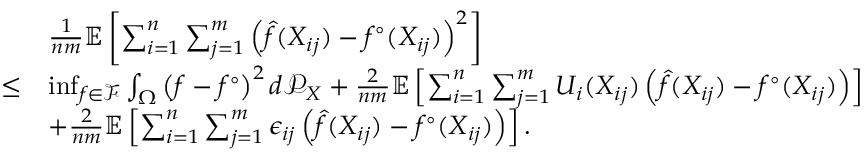
\begin{array} { r l } & { \frac { 1 } { n m } \mathbb { E } \left[ \sum _ { i = 1 } ^ { n } \sum _ { j = 1 } ^ { m } \left( \hat { f } ( X _ { i j } ) - f ^ { \circ } ( X _ { i j } ) \right) ^ { 2 } \right] } \\ { \leq } & { \operatorname* { i n f } _ { f \in \mathcal { F } } \int _ { \Omega } \left( f - f ^ { \circ } \right) ^ { 2 } d \mathcal { P } _ { X } + \frac { 2 } { n m } \mathbb { E } \left[ \sum _ { i = 1 } ^ { n } \sum _ { j = 1 } ^ { m } U _ { i } ( X _ { i j } ) \left( \hat { f } ( X _ { i j } ) - f ^ { \circ } ( X _ { i j } ) \right) \right] } \\ & { + \frac { 2 } { n m } \mathbb { E } \left[ \sum _ { i = 1 } ^ { n } \sum _ { j = 1 } ^ { m } \epsilon _ { i j } \left( \hat { f } ( X _ { i j } ) - f ^ { \circ } ( X _ { i j } ) \right) \right] . } \end{array}